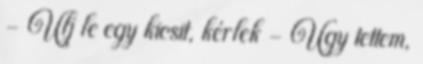
- Ülj le egy kicsit, kérlek - Úgy tettem,